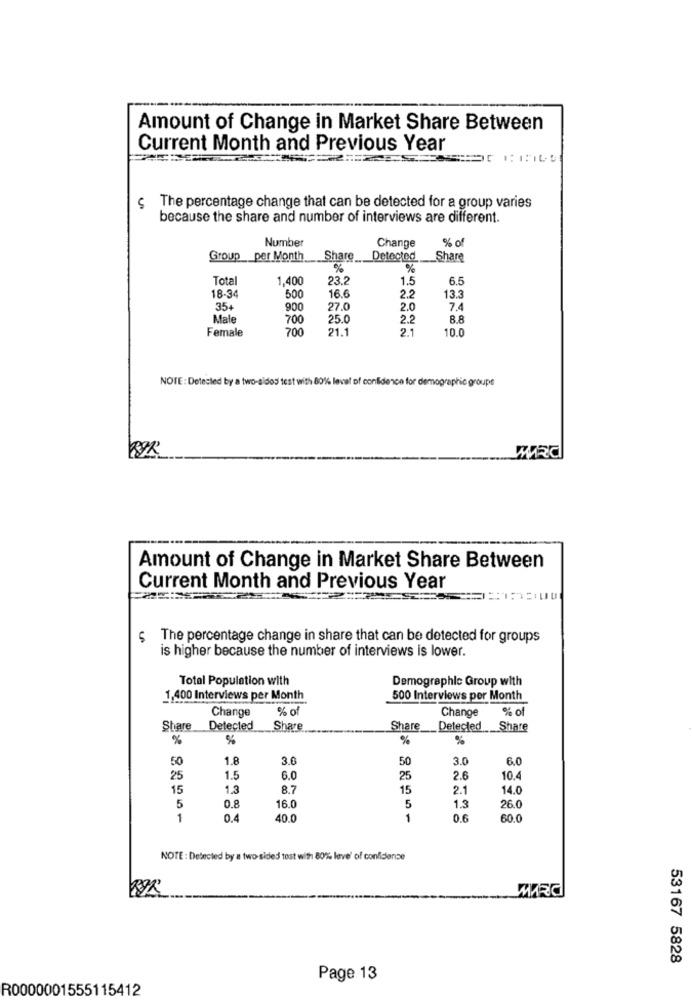
Amount of Change in Market Share Between
Current Month and Previous Year
§ The percentage change that can be detected for a group varies
because the share and number of interviews are different.
Number
% of
Change
Group
per Month
Share
Detected
Share
%
Total
1,400
23.2
1.5
6.5
18-34
500
16.6
2.2
13.3
354
900
27.0
2.0
7.4
Male
700
25.0
2.2
8.8
Female
700
21.
2.1
10.0
NOTE : Detected by a two-sidos test with 80% level of confidence for demographie groups
WRC
Amount of Change in Market Share Between
Current Month and Previous Year
========
L
The percentage change in share that can be detected for groups
is higher because the number of interviews is lower.
Total Population with
Demographic Group with
1,400 Interviews per Month
500 Interviews per Month
Change
% of
Change
% of
Share
Detected
Share
Share
Detected
Share
%
%
%
%
50
1.8
3.0
50
3.0
6.0
25
1.5
6.0
25
2.6
10.4
15
1.3
8.7
15
2.1
14.0
5
5
26.0
0.8
16.0
1.3
1
0.4
40.0
1
0.6
60.0
NOTE : Detected by a two-sided tost with 80% leve' of confidence
53167 5828
Page 13
R0000001555115412